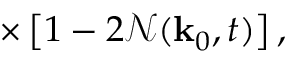
\times \left[ 1 - 2 \mathcal { N } ( \mathbf { k } _ { 0 } , t ) \right] ,